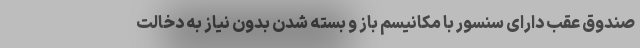
صندوق عقب دارای سنسور با مکانیسم باز و بسته شدن بدون نیاز به دخالت